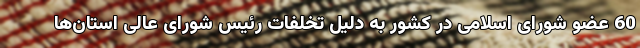
60 عضو شورای اسلامی در کشور به دلیل تخلفات رئیس شورای عالی استان‌ها